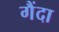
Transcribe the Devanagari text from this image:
गैंदा